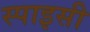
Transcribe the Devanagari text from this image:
स्‍पाइसी